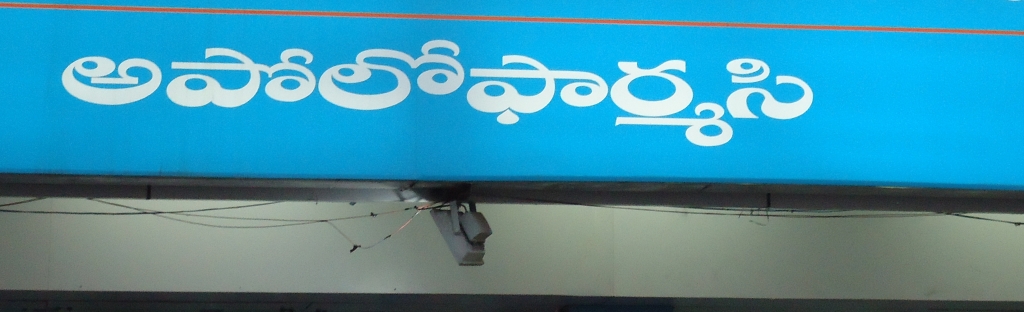
Language: telugu
Transcription: ఫార్మసి అపోలో